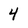
Character: 4